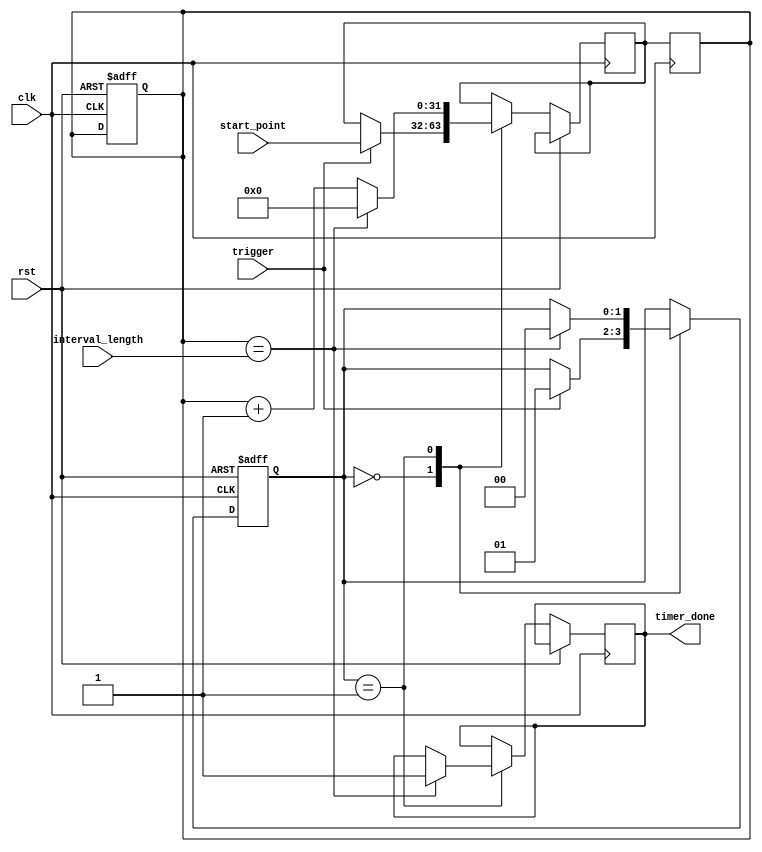
module IntervalTimer(
  input wire clk,
  input wire rst,
  input wire trigger,
  input wire [31:0] interval_length,
  input wire [31:0] start_point,
  output reg timer_done
);

reg [31:0] counter;
reg [31:0] next_counter;
reg [1:0] state;

always @ (posedge clk or posedge rst) begin
  if (rst) begin
    counter <= 0;
    state <= 0;
  end else begin
    case (state)
      0: begin
        if (trigger) begin
          next_counter <= start_point;
          state <= 1;
        end
      end
      1: begin
        if (counter == interval_length) begin
          state <= 0;
          next_counter <= 0;
          timer_done <= 1;
        end else begin
          next_counter <= counter + 1;
        end
      end
    endcase
  end
end

always @ (posedge clk) begin
  counter <= next_counter;
end

endmodule